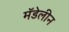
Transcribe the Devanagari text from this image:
मॅडेलीन